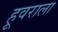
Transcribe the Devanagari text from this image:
हूवराला